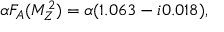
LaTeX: \alpha F _ { A } ( M _ { Z } ^ { 2 } ) = \alpha ( 1 . 0 6 3 - i 0 . 0 1 8 ) ,